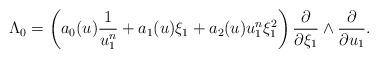
LaTeX: \begin{align*}\Lambda_0=\left( a_0(u)\frac{1}{u_1^n}+a_1(u)\xi_1+a_2(u)u_1^n \xi_1^2\right)\frac{\partial}{\partial \xi_1}\wedge \frac{\partial}{\partial u_1}.\end{align*}